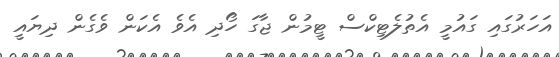
އަހަރުގައި ގައުމީ އެތުލެޓިކްސް ޓީމުން ޖާގަ ހޯދި އެވެ އެކަން ވެގެން ދިޔައީ